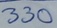
Text: 330